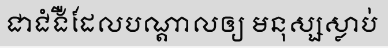
ជាជំងឺដែលបណ្តាលឲ្យ មនុស្សស្លាប់